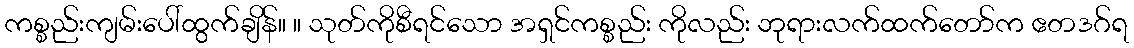
ကစ္စည်းကျမ်းပေါ်ထွက်ချိန်။ ။ သုတ်ကိုစီရင်သော အရှင်ကစ္စည်း ကိုလည်း ဘုရားလက်ထက်တော်က ဧတဒဂ်ရ